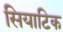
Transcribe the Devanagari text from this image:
सियाटिक